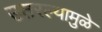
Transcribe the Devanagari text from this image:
उतरल्यामुळे